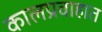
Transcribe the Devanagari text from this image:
कालप्रवाहात